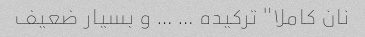
نان کاملا" ترکیده … … و بسیار ضعیف